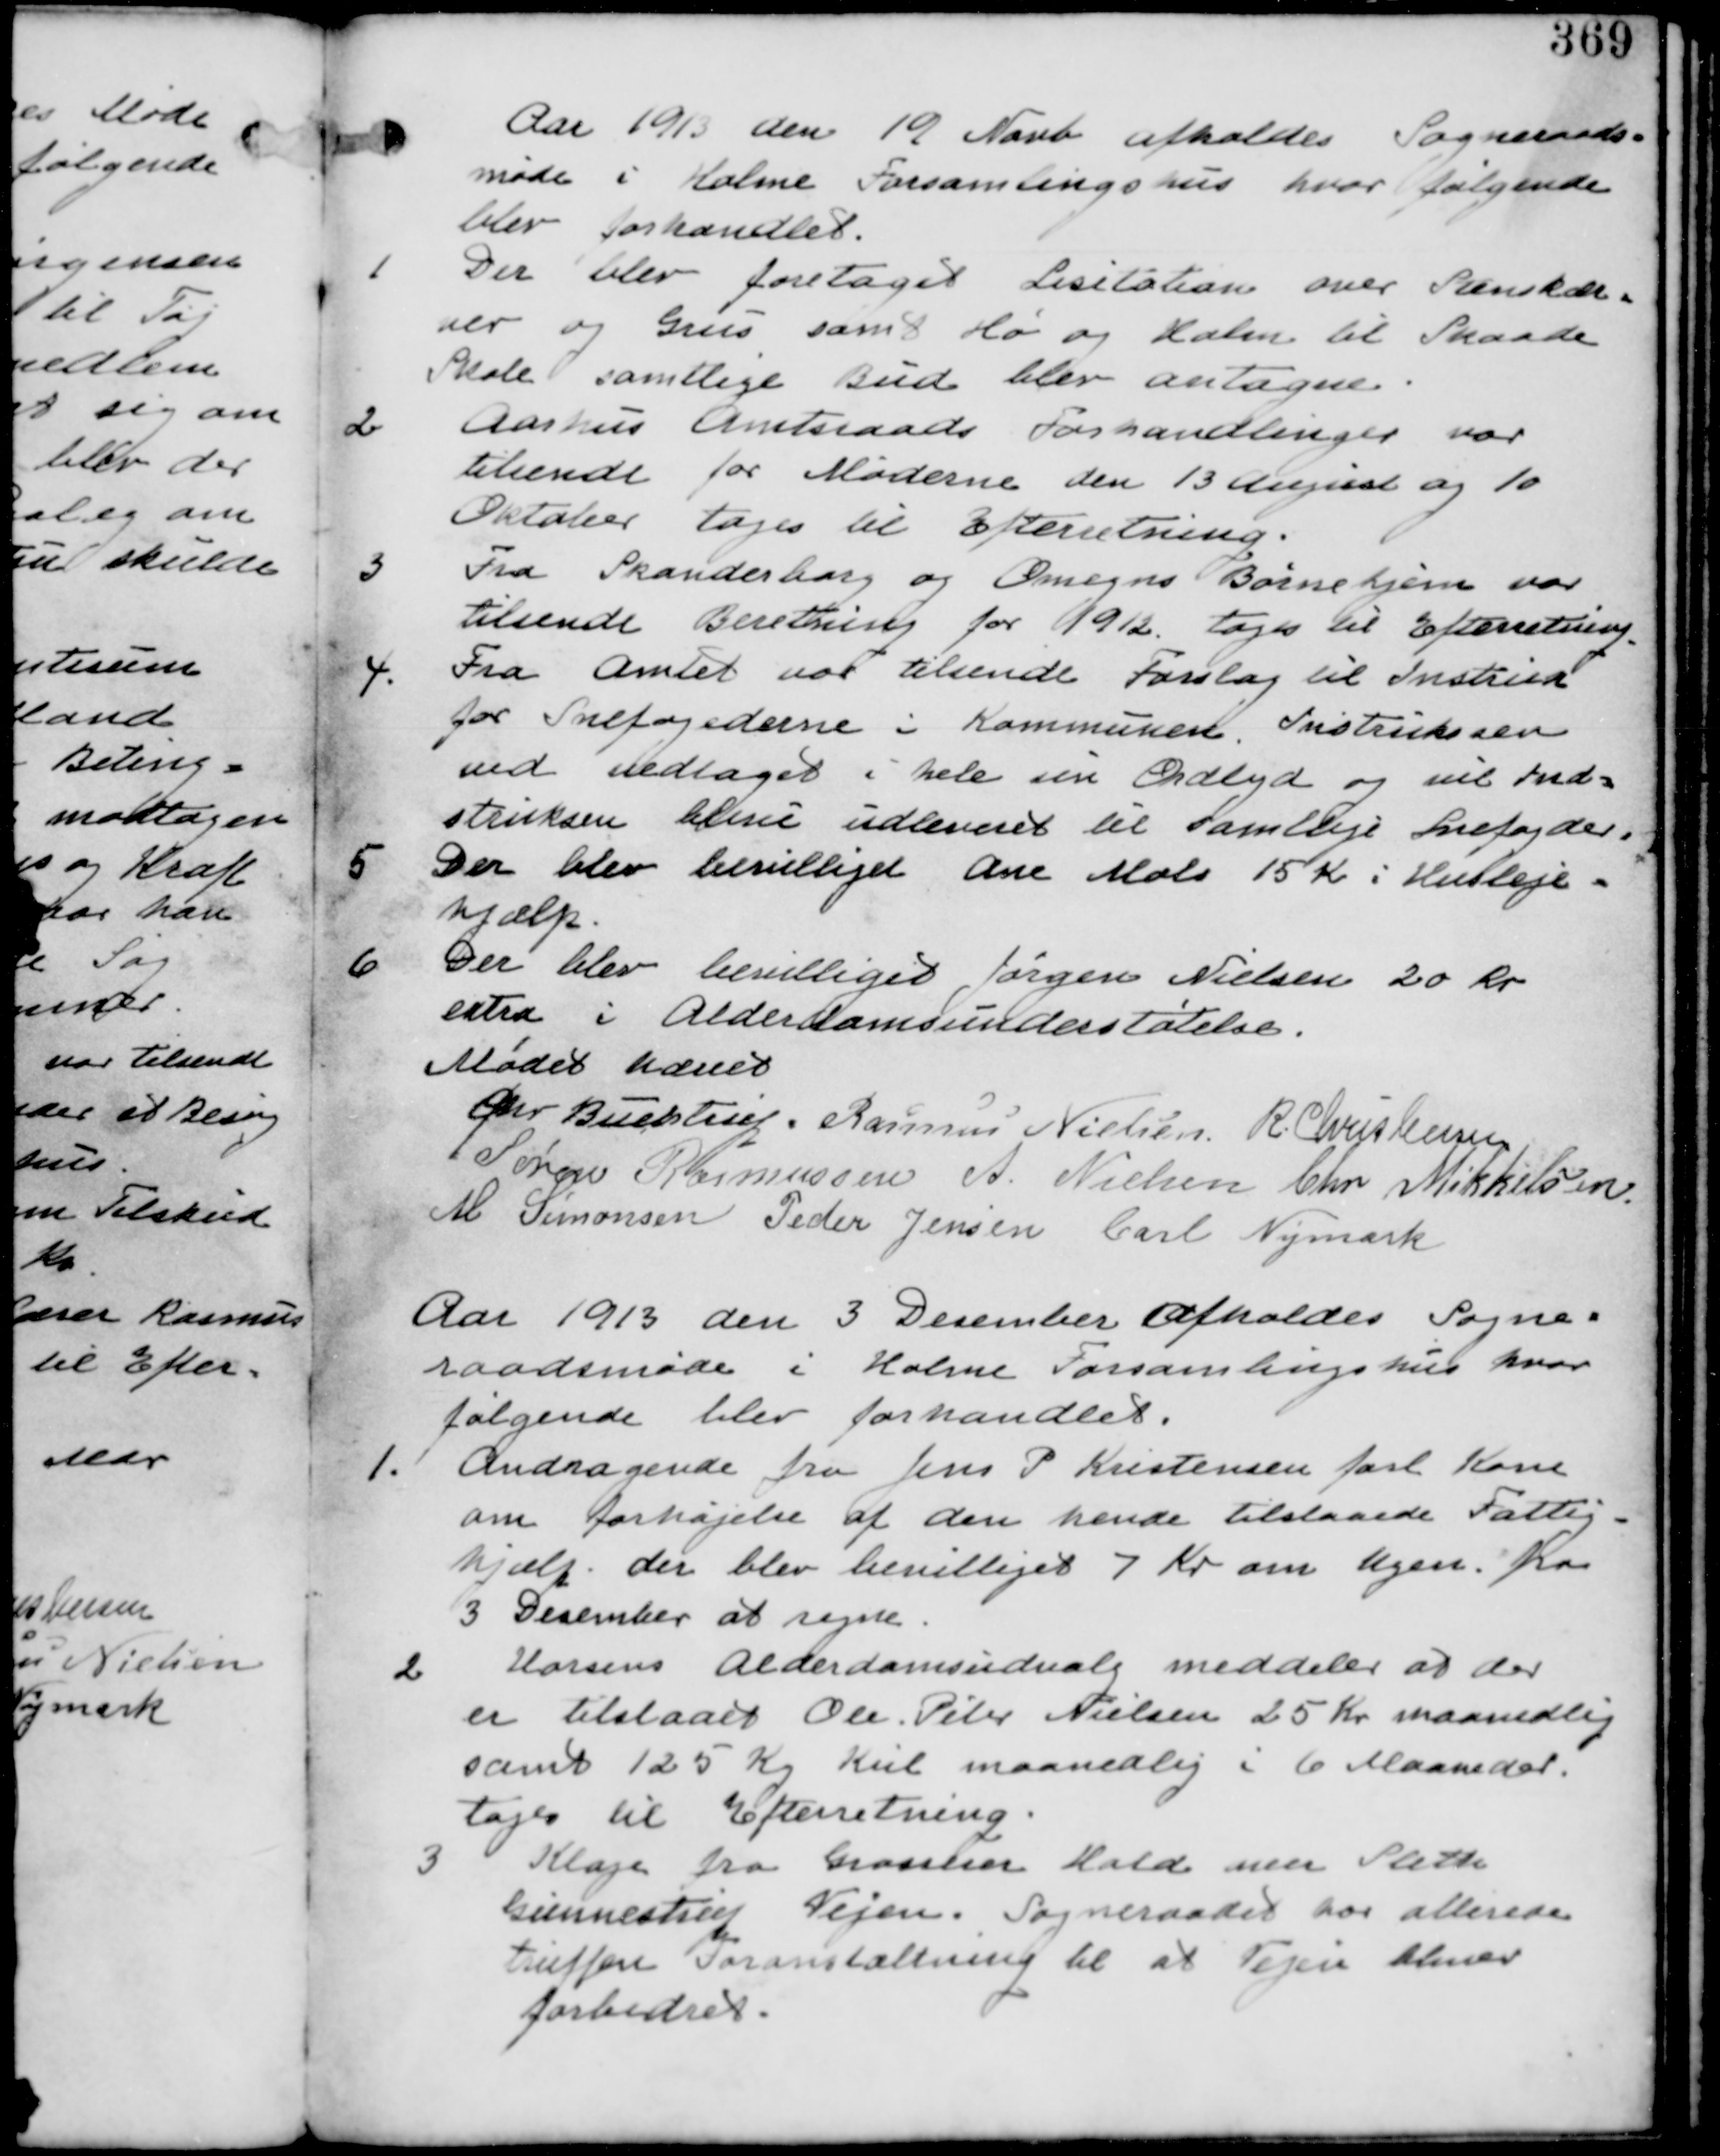
Transskription:
Aar 1913 den 19 Novb afholdes Sogneraads-
møde i Holme Forsamlingshus hvor følgende
blev forhandlet.

1 Der blev foretaget Licitation over Stenskær-
ver og Grus samt Hø og Halm til Skaade
Skole samtlige Bud blev antagne.

2 Aarhus Amtsraads Forhandlinger var
tilsendt for Møderne den 13 August og 10
Oktober tages til Efterretning.

3 Fra Skanderborg og Omegns Børnehjem var
tilsendt Beretning for 1912. tages til Efterretning.

4. Fra Amtet var tilsendt Forslag til Instruktion
for Snefogedernei Kommunen. Instruktsen
ved vedtaget i hele sin Ordlyd og vil Ind-
struksen blive udleveret til samtlige Snefogeder.

5 Der blev bevilliget Ane Mols 15 Kr i Husleje-
hjælp.

6 Der blev bevilliget Jørgen Nielsen 20 Kr
extra i Alderdomsunderstøttelse.

Mødet hævet
Chr Buchtrup. Rasmus Nielsen. R Christensen
Jørgen Rasmussen A. Nielsen Chr Mikkelsen
M Simonsen Peder Jensen Carl Nymark

Aar 1913 den 3 December afholdes Sogne-
raadsmøde i Holme Forsamlingshus hvor
følgende blev forhandlet.

1. Andragende fra Jens P Kristensen forl Kone
om forhøjelse af den hende tilstaaede Fattig-
hjælp. der blev bevilliget 7 Kr om Ugen. fra
3 December at regne.

2 Horsens Alderdomsudvalg meddeler at der
er tilstaaet Ole Peter Nielsen 25 Kr maanedlig
samt 125 Kg Kul maanedlig i 6 Maaneder.
tages til Efterretning.

3 Klage fra Grosserer Hald over Sleth
Gunnestrup Vejen. Sogneraadet har allerede
truffen Foranstaltning til at Vejen bliver
forbedret.